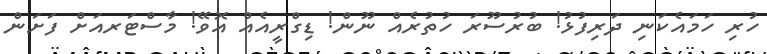
ހުރި ހަމައެކަނި ދަރިފުޅު! ބުރުސޫރަ ހުތުރެއް ނޫން! ޑިގްރީއެއް އޮވޭ! މާސްޓަރއަށް ފަށަން